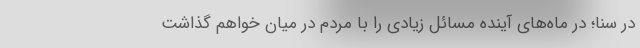
در سنا؛ در ماه‌های آینده مسائل زیادی را با مردم در میان خواهم گذاشت